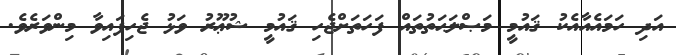
އަދި ހަމައެއާއެކު ޤައުމީ މަޞްލަޙަތުތައް ފަހަތަށްޖެހި ޤައުމީ ޝުޢޫރު ވަޅު ޖެހިފައިވާ މިންވަރެވެ.